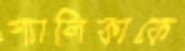
শ্যালিকাকে